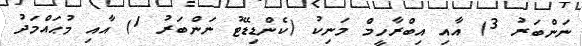
ނަންބަރު 3) އާއި އިބްރާހީމް މަނިކު (ކެންޑިޑޭޓު ނަންބަރު 1) އާއި މުޙައްމަދު